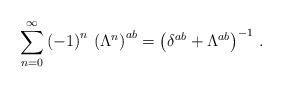
LaTeX: \begin{align*}\sum_{n=0}^\infty\left(-1\right)^n\,\left(\Lambda^n\right)^{ab}=\left(\delta^{ab}+\Lambda^{ab}\right)^{-1}\,.\end{align*}